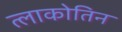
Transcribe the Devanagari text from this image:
त्लाकोतिन